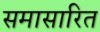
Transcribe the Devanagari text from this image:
समासारित